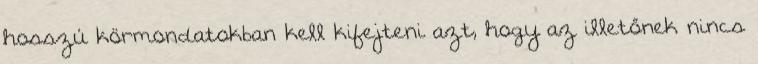
hosszú körmondatokban kell kifejteni azt, hogy az illetőnek nincs